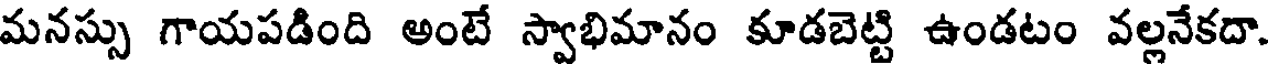
మనస్సు గాయపడింది అంటే స్వాభిమానం కూడబెట్టి ఉండటం వల్లనేకదా.